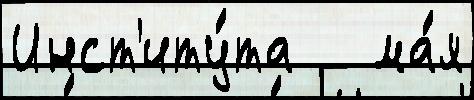
Инст'иту́та   ма́я